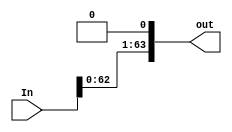
module ShiftLeft1 (
    input  [63:0] In,
    output [63:0] out
);

  assign out = In << 1;
endmodule